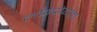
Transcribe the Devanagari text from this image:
लोक्प्रोयता